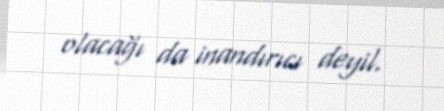
olacağı da inandırıcı deyil.